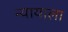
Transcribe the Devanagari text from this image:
न्यायाला